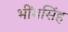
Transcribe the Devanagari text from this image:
भींमसिंह